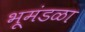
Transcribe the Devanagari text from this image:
भूमंडळा